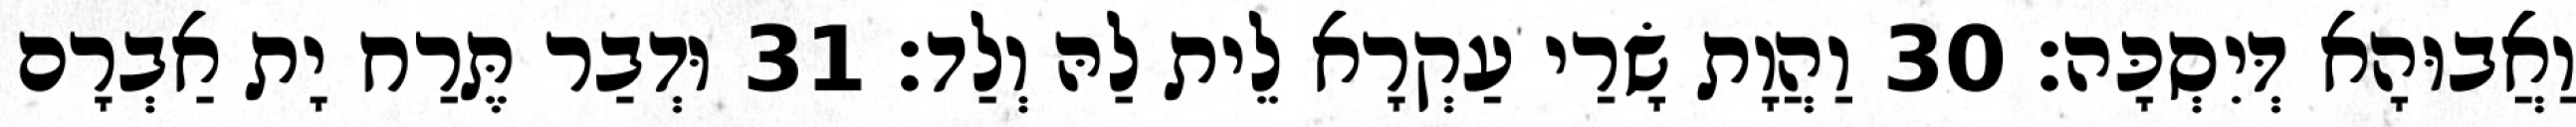
וַאֲבוּהָא דְּיִסְכָּה׃ 30 וַהֲוָת שָׂרַי עַקְרָא לֵית לַהּ וְלַד׃ 31 וּדְבַר תֶּרַח יָת אַבְרָם